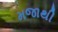
મજાથી